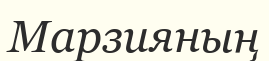
Марзияның